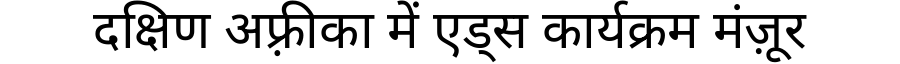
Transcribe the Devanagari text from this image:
दक्षिण अफ़्रीका में एड्स कार्यक्रम मंज़ूर